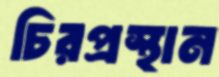
চিরপ্রস্থান